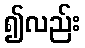
၍လည်း